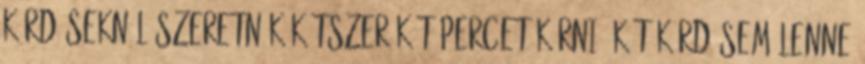
kérdéseknél szeretnék kétszer két percet kérni, két kérdésem lenne